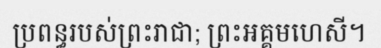
ប្រពន្ធរបស់ព្រះរាជា; ព្រះអគ្គមហេសី។